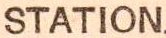
STATION